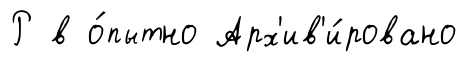
Р в о́пытно Арх'ив'и́ровано